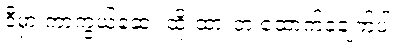
ဒီမှာ ကာကွယ်ဆေး ထိုးထားတဲ့ ထောက်ခံချက်ပါ။